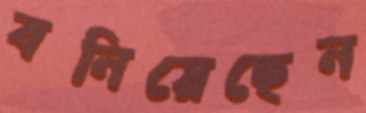
বনিয়েছেন